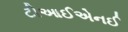
ટીઆઈએનઈ